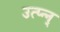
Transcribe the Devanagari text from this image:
उत्प्‍न्न्